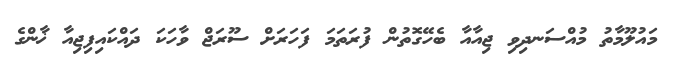
މައުލޫމާތު މުއްސަނދިވި ޖިއާއާ ބެހޭގޮތުން ފުރަތަމަ ފަހަރަށް ސޫރަޖް ވާހަކަ ދައްކައިފިޖިއާ ޚާންގެ